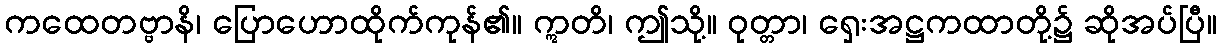
ကထေတဗ္ဗာနိ၊ ပြောဟောထိုက်ကုန်၏။ ဣတိ၊ ဤသို့။ ဝုတ္တာ၊ ရှေးအဋ္ဌကထာတို့၌ ဆိုအပ်ပြီ။